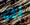
لك